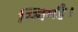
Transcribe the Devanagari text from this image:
स्लिमहै।